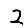
Digit: 2